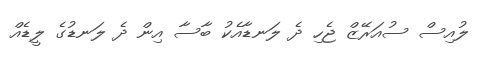
ލުއިސް ސުއަރޭޒް ޖެހި ދެ ލަނޑާއެކު ބާސާ އިން ދެ ލަނޑުގެ ލީޑެއް